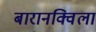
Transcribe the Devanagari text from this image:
बारानक्विला